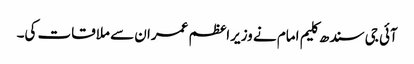
آئی جی سندھ کلیم امام نے وزیراعظم عمران سے ملاقات کی۔